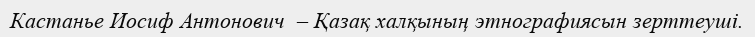
Кастанье Иосиф Антонович  – Қазақ халқының этнографиясын зерттеуші.